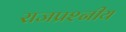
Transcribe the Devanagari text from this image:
राजप्रश्नीय